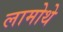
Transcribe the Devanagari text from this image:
लामोथे